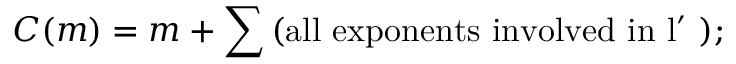
C ( m ) = m + \sum \mathrm { ( a l l ~ e x p o n e n t s ~ i n v o l v e d ~ i n ~ l ^ { \prime } ~ ) } ;